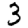
Digit: 3